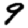
Digit: 9